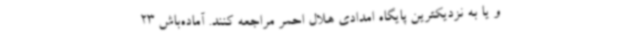
و یا به نزدیکترین پایگاه امدادی هلال احمر مراجعه کنند. آماده‌باش 23